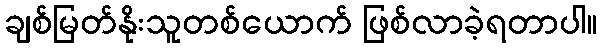
ချစ်မြတ်နိုးသူတစ်ယောက် ဖြစ်လာခဲ့ရတာပါ။